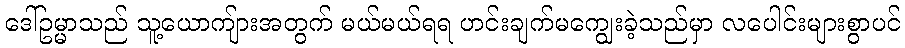
ဒေါ်ဥမ္မာသည် သူ့ယောကျ်ားအတွက် မယ်မယ်ရရ ဟင်းချက်မကျွေးခဲ့သည်မှာ လပေါင်းများစွာပင်